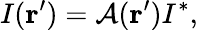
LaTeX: I({\mathbf r^{\prime}})=\mathcal{A}({\mathbf r^{\prime}})I^{*},